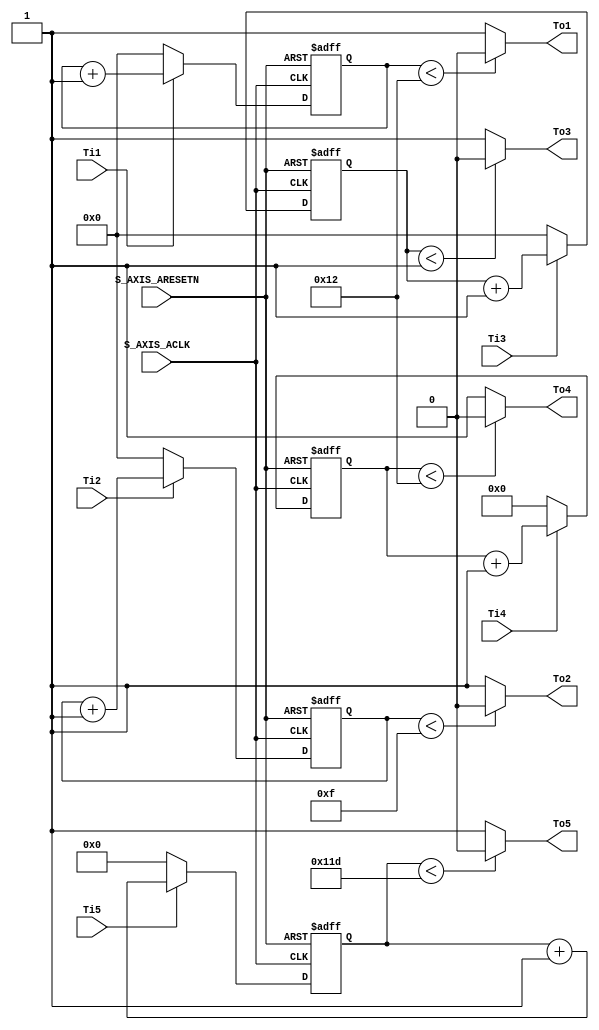
module Timer(
S_AXIS_ACLK,S_AXIS_ARESETN,Ti1,Ti2,Ti3,Ti4,Ti5,To1,To2,To3,To4,To5
);
	
    input  S_AXIS_ACLK;
    input  S_AXIS_ARESETN;
    input  Ti1,Ti2,Ti3,Ti4,Ti5;
    output To1,To2,To3,To4,To5;
    
    reg [7:0]  cnt1;
    reg [7:0]  cnt2;
    reg [7:0]  cnt3;
    reg [11:0] cnt4;
    reg [12:0] cnt5;
    
    //  5 
    always @(posedge S_AXIS_ACLK or negedge S_AXIS_ARESETN) begin
        if(!S_AXIS_ARESETN)
            cnt1 <= 0;
        else begin
            if(Ti1)
                cnt1 <= cnt1 + 1'b1;
            else 
                cnt1 <= 0;
        end
    end
    always @(posedge S_AXIS_ACLK or negedge S_AXIS_ARESETN) begin
        if(!S_AXIS_ARESETN)
            cnt2 <= 0;
        else begin
            if(Ti2)
                cnt2 <= cnt2 + 1'b1;
            else 
                cnt2 <= 0;
        end
    end
    always @(posedge S_AXIS_ACLK or negedge S_AXIS_ARESETN) begin
        if(!S_AXIS_ARESETN)
            cnt3 <= 0;
        else begin
            if(Ti3)
                cnt3 <= cnt3 + 1'b1;
            else 
                cnt3 <= 0;
        end
    end
    always @(posedge S_AXIS_ACLK or negedge S_AXIS_ARESETN) begin
        if(!S_AXIS_ARESETN)
            cnt4 <= 0;
        else begin
            if(Ti4)
                cnt4 <= cnt4 + 1'b1;
            else 
                cnt4 <= 0;
        end
    end
    always @(posedge S_AXIS_ACLK or negedge S_AXIS_ARESETN) begin
        if(!S_AXIS_ARESETN)
            cnt5 <= 0;
        else begin
            if(Ti5)
                cnt5 <= cnt5 + 1'b1;
            else 
                cnt5 <= 0;
        end
    end

    assign To1 = (cnt1 < 8'd18)? 0:1;
    assign To2 = (cnt2 < 8'd15)? 0:1;
    assign To3 = (cnt3 < 8'd1)?  0:1;
    assign To4 = (cnt4 < 12'd18)?   0:1;
    assign To5 = (cnt5 < 13'd285)? 0:1;
    
endmodule